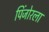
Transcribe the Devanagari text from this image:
पिंजोरला